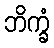
ဘိက္ခံ